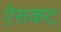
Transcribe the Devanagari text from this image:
ऐसकट